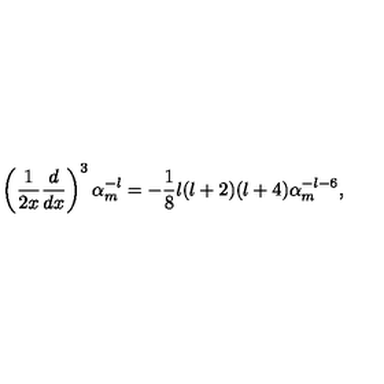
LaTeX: \left( { \frac { 1 } { 2 x } } { \frac { d } { d x } } \right) ^ { 3 } \alpha _ { m } ^ { - l } = - { \frac { 1 } { 8 } } l ( l + 2 ) ( l + 4 ) \alpha _ { m } ^ { - l - 6 } ,